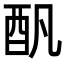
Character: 𨟱